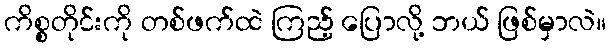
ကိစ္စတိုင်းကို တစ်ဖက်ထဲ ကြည့် ပြောလို့ ဘယ် ဖြစ်မှာလဲ။